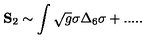
{ \bf S } _ { 2 } \sim \int \sqrt { g } \sigma \Delta _ { 6 } \sigma + . . . . .